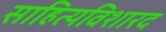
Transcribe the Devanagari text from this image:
साहित्यविशारद